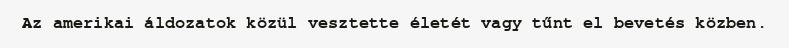
Az amerikai áldozatok közül vesztette életét vagy tűnt el bevetés közben.